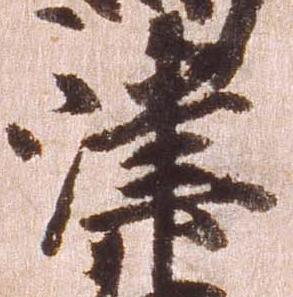
津